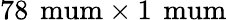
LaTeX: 78\, \mathrm{\ mum}\times 1\, \mathrm{\ mum}